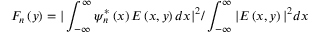
F _ { n } \left( y \right) = \vert \int _ { - \infty } ^ { \infty } \psi _ { n } ^ { \ast } \left( x \right) E \left( x , y \right) d x \vert ^ { 2 } / \int _ { - \infty } ^ { \infty } \vert E \left( x , y \right) \vert ^ { 2 } d x